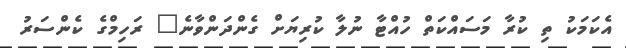
އެކަމަކު ތި ކުރާ މަސައްކަތް ހުއްޓާ ނުލާ ކުރިޔަށް ގެންދަންވާނެ" ރަހިމްގެ ކެންސަރު